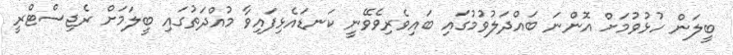
ބީލަން ހުޅުވުމަށް އޮންނަ ބައްދަލުވުމުގައި ބައިވެރިވެވޭނީ ކަނޑައެޅިފައިވާ މުއްދަތުގައި ބީލަމަށް ރެޖިސްޓްރީ